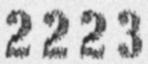
2223